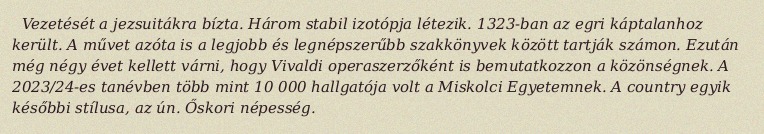
Vezetését a jezsuitákra bízta. Három stabil izotópja létezik. 1323-ban az egri káptalanhoz került. A művet azóta is a legjobb és legnépszerűbb szakkönyvek között tartják számon. Ezután még négy évet kellett várni, hogy Vivaldi operaszerzőként is bemutatkozzon a közönségnek. A 2023/24-es tanévben több mint 10 000 hallgatója volt a Miskolci Egyetemnek. A country egyik későbbi stílusa, az ún. Őskori népesség.